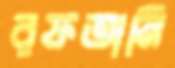
রফতানি